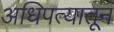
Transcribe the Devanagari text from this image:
अधिपत्यातून